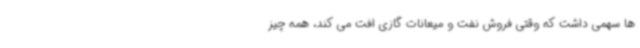
‌ها سهمی داشت که وقتی فروش نفت و میعانات گازی افت می‌ کند، همه چیز